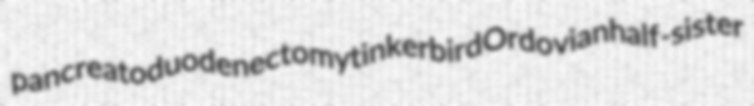
pancreatoduodenectomy tinkerbird Ordovian half-sister